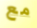
مع